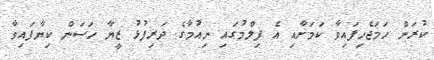
ކުރަން ހަމަޖެހިފައިވާ ކަމަށާއި އެ ފިލްމުގައި ނިއުމާގެ ދަރިފުޅު ޒީޔާ ހަސަން ކިޔާފައިވާ